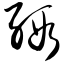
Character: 缎